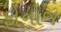
ફોનોજ